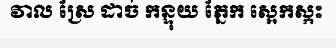
វាល ស្រែ ដាច់ កន្ទុយ ភ្នែក ស្អេកស្កះ